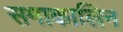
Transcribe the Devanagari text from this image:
समाकालिन